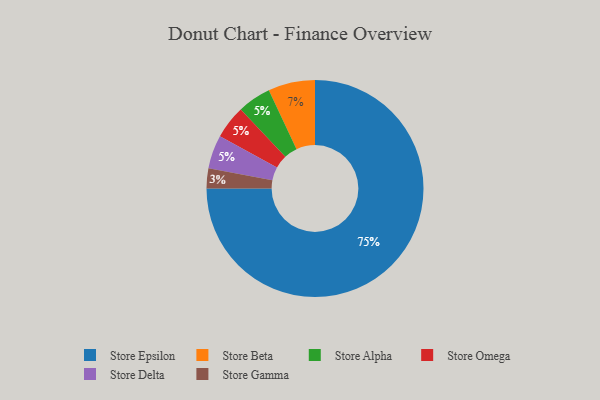
{"axis": {"x": "Category", "y": "Percentage"}, "legend": ["Store Alpha", "Store Beta", "Store Delta", "Store Epsilon", "Store Gamma", "Store Omega"], "data": [{"x": "Store Gamma", "y": 3, "type": "Store Gamma"}, {"x": "Store Beta", "y": 7, "type": "Store Beta"}, {"x": "Store Epsilon", "y": 75, "type": "Store Epsilon"}, {"x": "Store Alpha", "y": 5, "type": "Store Alpha"}, {"x": "Store Omega", "y": 5, "type": "Store Omega"}, {"x": "Store Delta", "y": 5, "type": "Store Delta"}]}